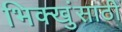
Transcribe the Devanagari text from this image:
भिक्खुंसाठी